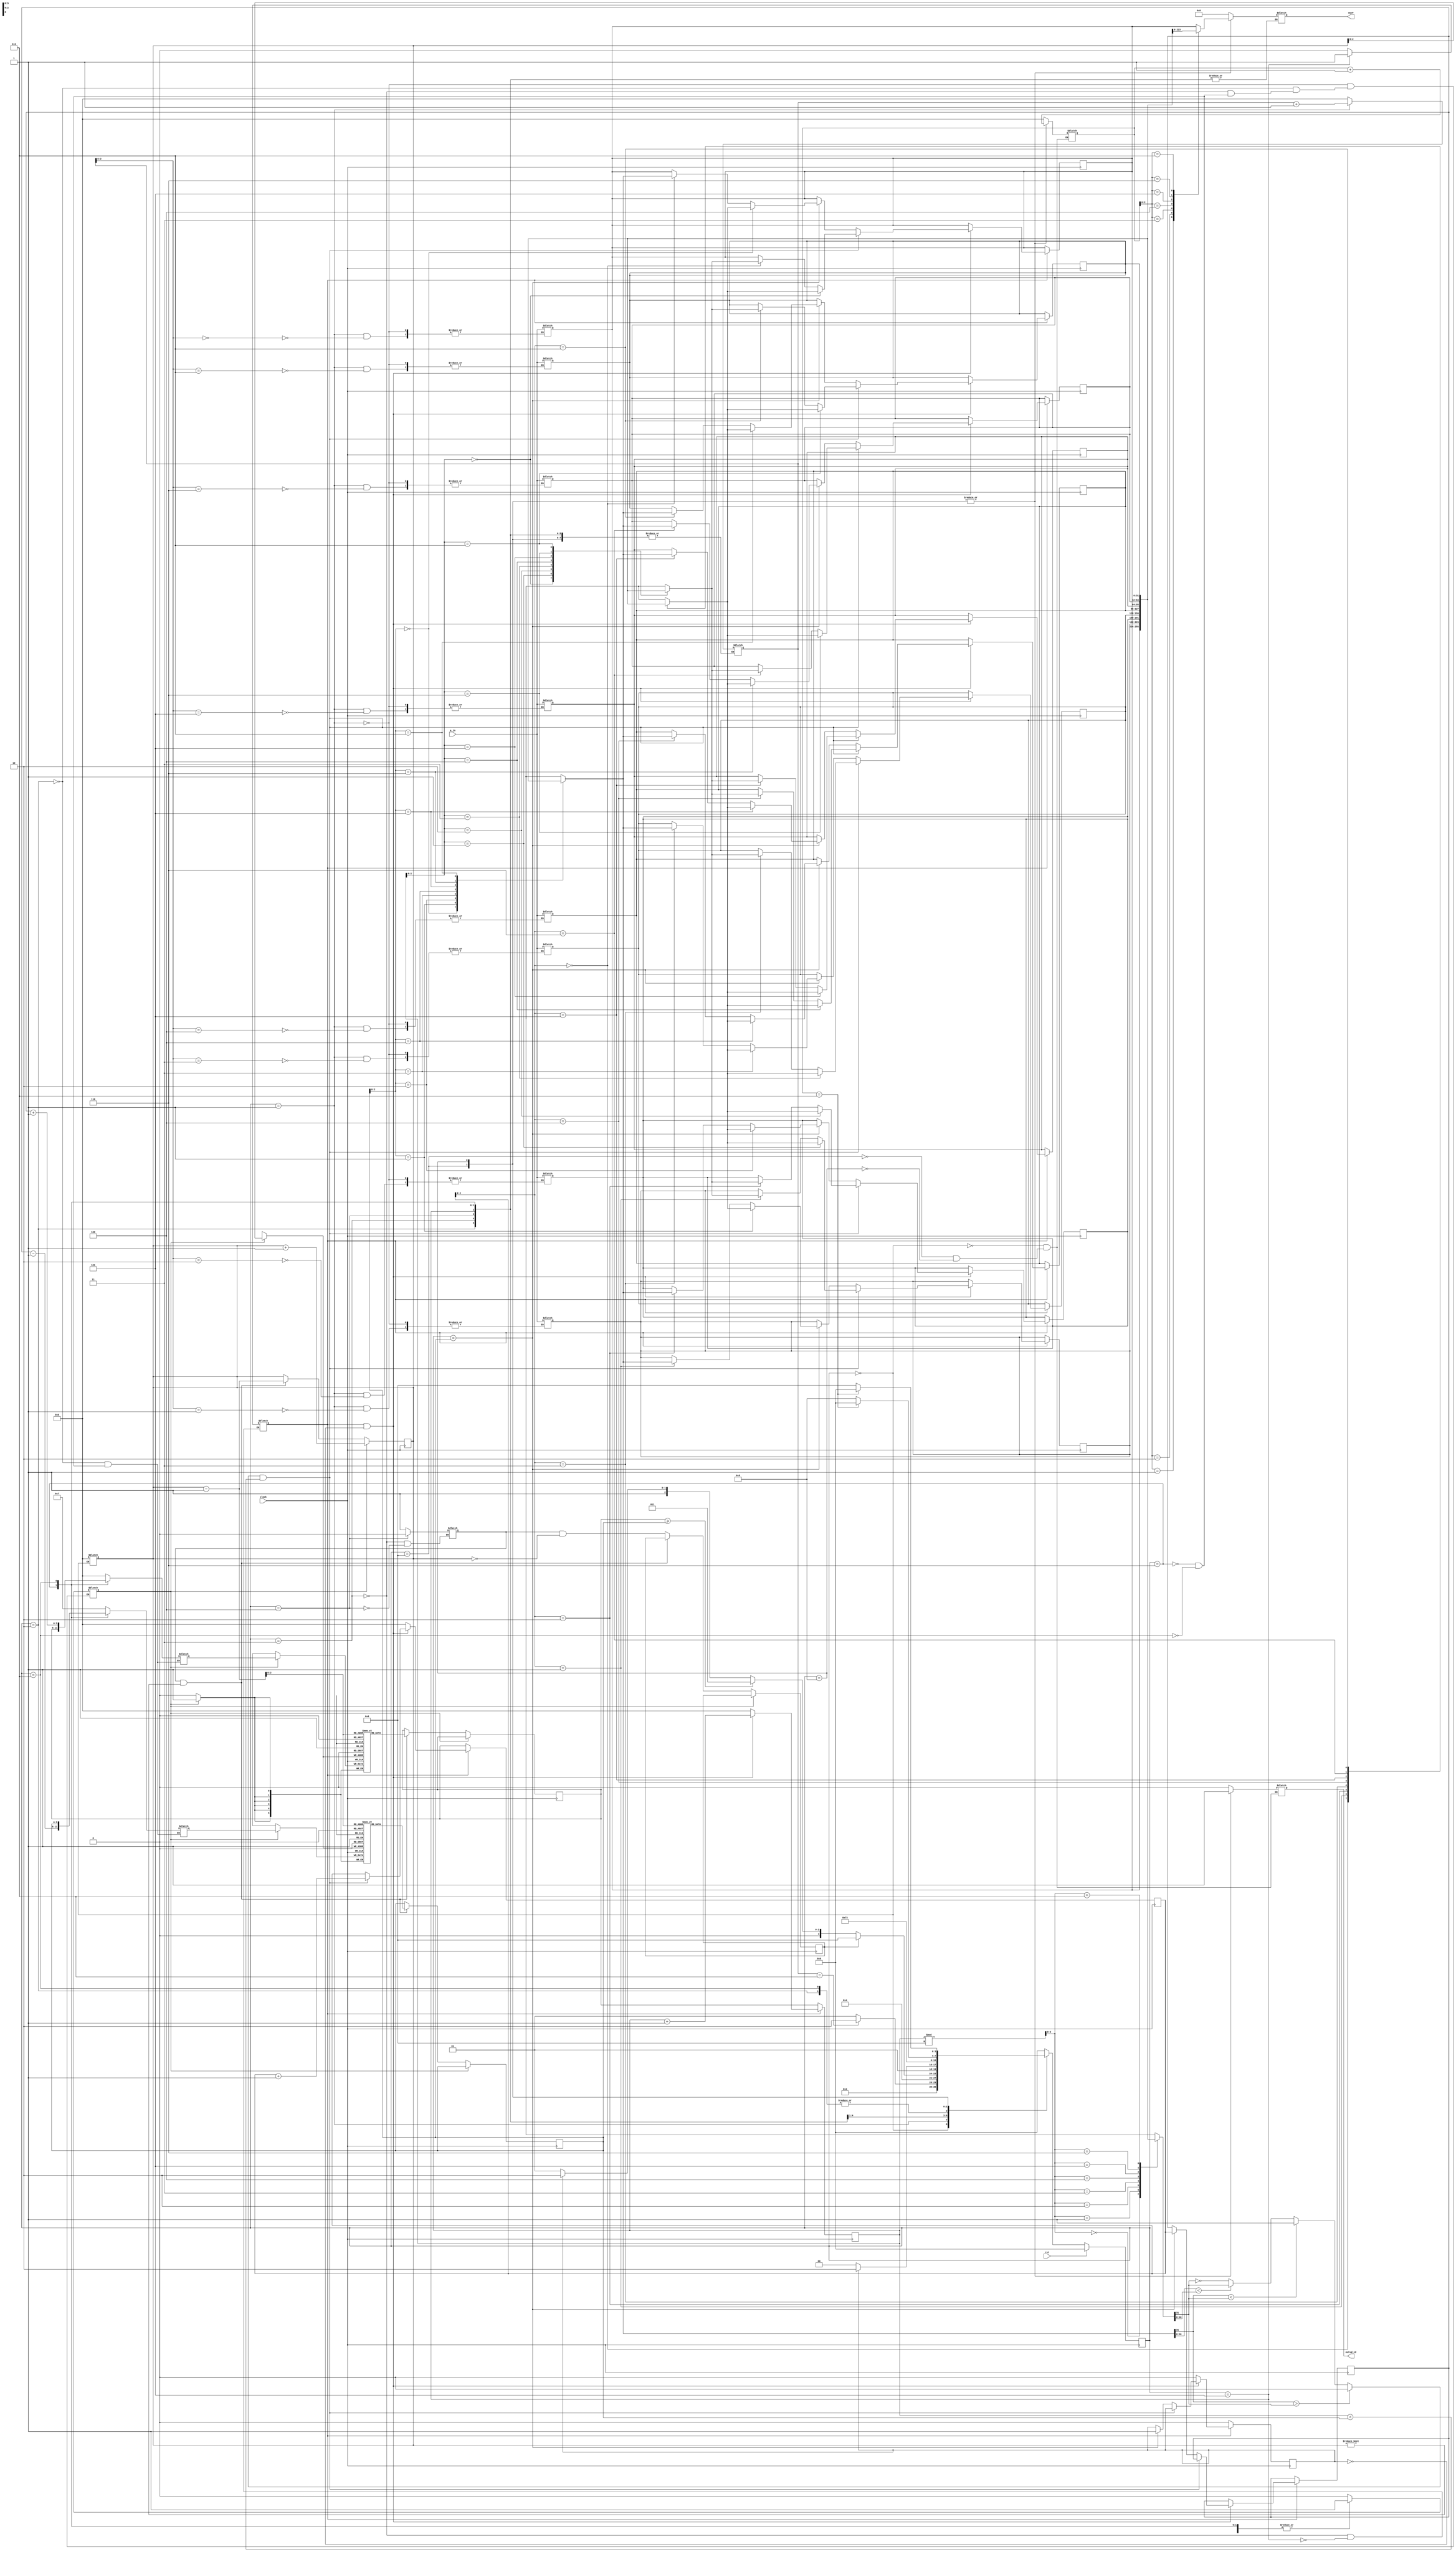
`timescale 1ns / 1ps
//////////////////////////////////////////////////////////////////////////////////
// Company: 
// Engineer: 
// 
// Design Name: 
// Module Name: sort_fixed
// Project Name: 
// Target Devices: 
// Tool Versions: 
// Description: 
// 
// Dependencies: 
// 
// Revision:
// Revision 0.01 - File Created
// Additional Comments:
// 
//////////////////////////////////////////////////////////////////////////////////


module sort_fixed
    #(parameter M=8, N=32)
        (a_in, clock, rst, outP, outvalid);

    input [N-1:0] a_in;
    input clock, rst;
    output reg [N-1:0] outP;
    output reg outvalid;
    
    parameter S0 = 4'd0, S1 = 4'd1, S2 = 4'd2, S3 = 4'd3, 
    S4 = 4'd4, S5 = 4'd5, S6 = 4'd6, S7 = 4'd7, S8 = 4'd8,
    S9 = 4'd9;
    
    reg [3:0] next_state, curr_state;
    reg [5:0] i, j, i_srt, j_srt, i_stk;
    reg [N-1:0] arr [M-1:0];
    reg [5:0] stk1 [M-1:0];
    reg [5:0] stk2 [M-1:0];
    reg push, pop, done, start;
    reg empty;
    reg [5:0] indxp1, indxp2, ind1, ind2, pi;
    wire [N-1:0] pivot;
    wire comp_flt;
    
    always@(posedge clock) begin
        if(rst) curr_state <= S0;
        else curr_state <= next_state;
    end

    always@(curr_state, a_in) begin
        case(curr_state) 
        S0:   begin next_state <= S1;  
                    i <= 'b0;
                    j <= 'b0;
                    i_stk <= 'b0;
                    outP <= 'b0;
                    outvalid <= 'b0;
              end
        S1:   begin push <= 'b0;
                    arr[i] <= a_in;
                    i <= i + 'b1;
                    next_state <= (i==M-1) ? S2 : S1; 
                    outP <= 'b0;
                 end
        S2:  begin
                    indxp1 <= 'b0; //for starting sort
                    indxp2 <= M-1;
                    push <= 'b1;
                    next_state <= S3;
             end                      
        S3:  begin
                push <= 'b0;
                pop <= 'b1;
                start <= 'b0;
                next_state <= S4;
             end
        S4:  begin
                pop <= 'b0;
                if(empty=='b1)
                next_state <= S8;
                else if($signed(ind1) >= $signed(ind2))
                next_state <= S3;
                else begin
                //start <= 'b1;
                next_state <= (done=='b1) ? S6 : S5;
                end
             end
         S5 : begin 
                start <= 'b1;
                next_state <= (done=='b1) ? S6 : S4;
              end
         S6: begin 
                 indxp1 <= ind1;
                 indxp2 <= pi-1;
                 push <= 'b1;
                 next_state <= S7;
             end
         S7: begin 
                 indxp1 <= pi+1;
                 indxp2 <= ind2;
                 push <= 'b1;
                 next_state <= S3;
             end
         S8: begin
                outP <= arr[j];
                j <= j + 1;
                outvalid <= 'b1;
                next_state <= (j==M-1) ? S0 : S9; 
             end
         S9: begin 
                outP <= arr[j];
                j <= j + 1;
                outvalid <= 'b1;
                next_state <= (j==M-1) ? S0 : S8; 
             end
        default: begin next_state <= S0;  
                    i <= 'b0;
                    outP <= 'b0; 
                 end
        endcase
    end
    
    //SORTER
    assign pivot = arr[ind2];
    always@(posedge clock) begin
    if(start == 'b0) begin
    j_srt <= ind1;
    i_srt <= ind1;
    done <= 'b0; end
    else if((start == 'b1) && (done == 'b0))  begin
    if((comp_flt)&(j_srt<ind2)/*$signed(arr[j_srt]) < $signed(pivot)*/) begin	//just change logic here for fixed and flt
    arr[i_srt] <= arr[j_srt];
    arr[j_srt] <= arr[i_srt];
    i_srt <= i_srt + 'b1; end
    else if(j_srt == ind2) begin
    arr[i_srt] <= pivot;
    arr[ind2] <= arr[i_srt];
    pi <= i_srt;
    done <= 'b1; end
    j_srt <= j_srt + 'b1;
    end
    else begin
    j_srt <= 'b0;
    i_srt <= 'b0;
    done <= 'b0; end 
    end
    
    //floating number compare
    assign comp_flt = (pivot[N-1]>arr[j_srt%M][N-1]) ? 'b0 :
                        (pivot[N-1]<arr[j_srt%M][N-1]) ? 'b1 :
                          (pivot[N-2:0]<arr[j_srt%M][N-2:0]) ? arr[j_srt%M][N-1] : ~arr[j_srt%M][N-1];
    
    //STACK
    always@(posedge clock) begin
    if(push == 'b1) begin
    stk1[i_stk] <= indxp1;
    stk2[i_stk] <= indxp2;
    i_stk <= i_stk + 'b1; end
    else if((pop == 'b1) & (i_stk != 'b0)) begin
    ind1 <= stk1[i_stk-1];
    ind2 <= stk2[i_stk-1];
    i_stk <= i_stk - 'b1; end
    else empty = (pop == 'b1) & (i_stk == 'b0);
    end
        
endmodule